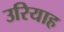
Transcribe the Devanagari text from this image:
उरियाह